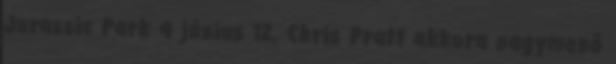
Jurassic Park 4 június 12. Chris Pratt akkora nagymenő